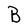
Character: B